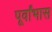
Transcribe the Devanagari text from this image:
पूर्वांभास